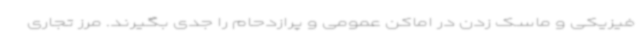
فیزیکی و ماسک زدن در اماکن عمومی و پرازدحام را جدی بگیرند. مرز تجاری